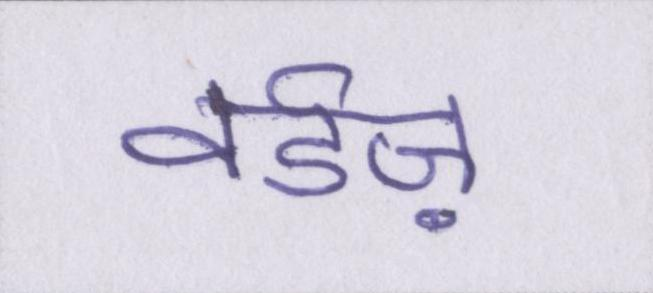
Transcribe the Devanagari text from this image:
वर्डज़